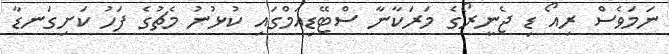
ނަމަވެސް ރިއޯ ޑި ޖެނީރޯގެ މަރަކާނާ ސްޓޭޑިއަމްގައި ކުޅުނު މެޗުގެ ފަހު ކަށިގަނޑާ